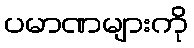
ပမာဏများကို